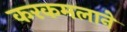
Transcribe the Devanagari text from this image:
करकमलाने